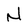
Character: N